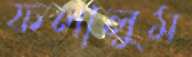
ফলালুম